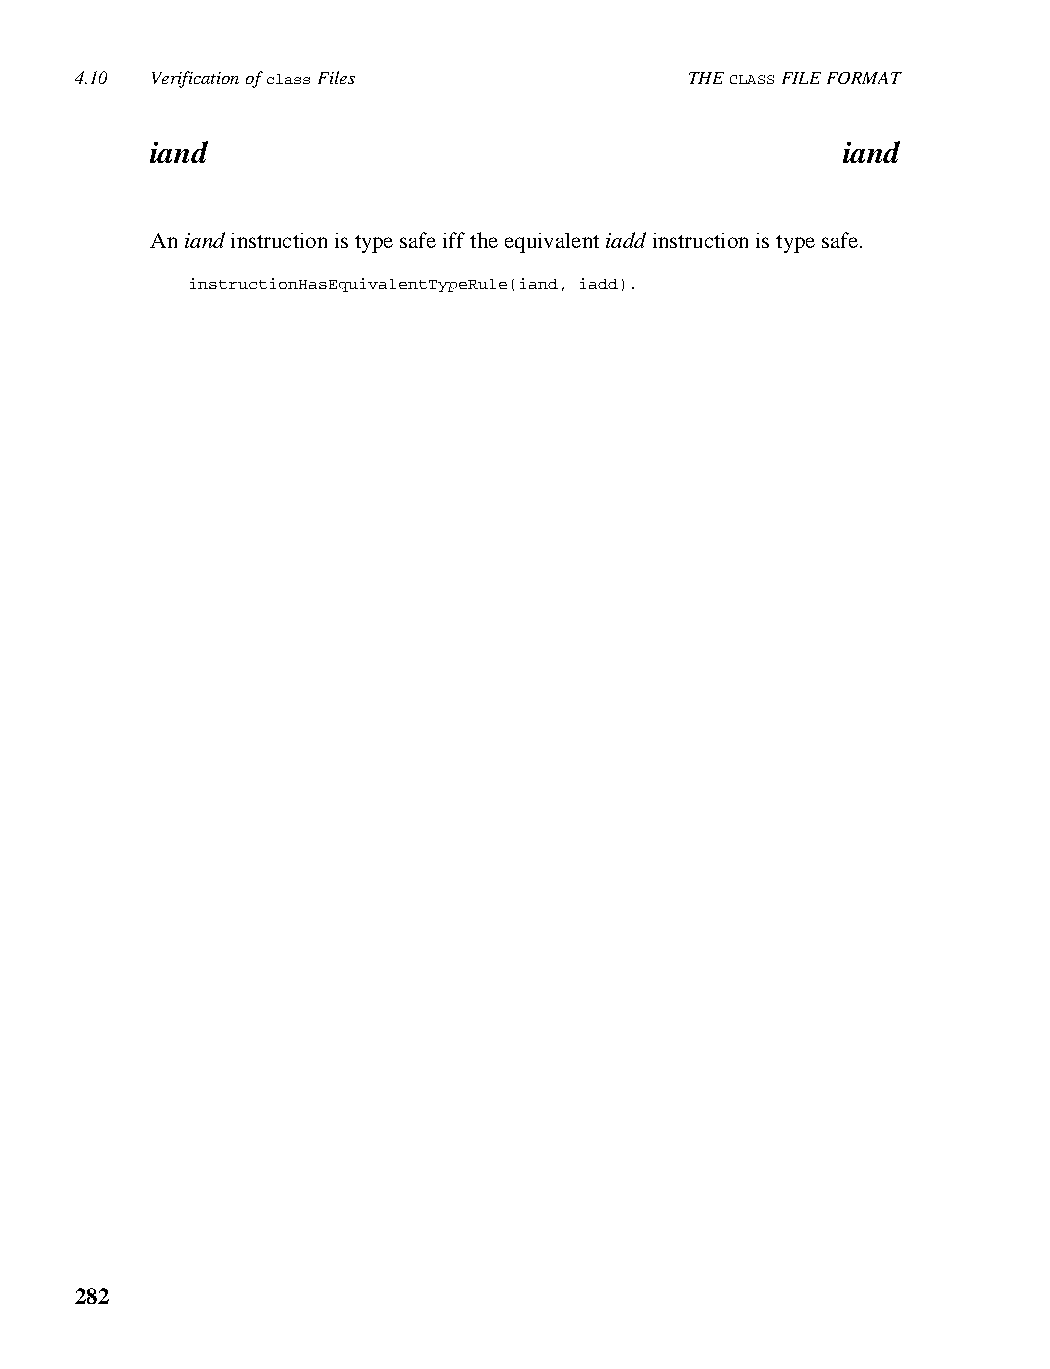
4.10 Verification of class Files         THE CLASS FILE FORMAT
 iand                                          iand
 An iand instruction is type safe iff the equivalent iadd instruction is type safe.
 instructionHasEquivalentTypeRule(iand, iadd).
 282